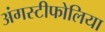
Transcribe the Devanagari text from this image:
अंगस्टीफोलिया